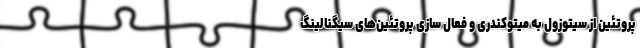
پروتئین از سیتوزول به میتوکندری و فعال سازی پروتئین‌های سیگنالینگ